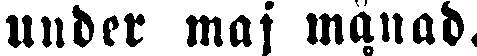
under maj månad.